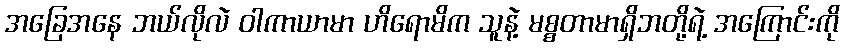
အခြေအနေ ဘယ်လိုလဲ ဝါကာယာမာ ဟိရောမိက သူနဲ့ မစ္စတာမာရှိဘတို့ရဲ့ အကြောင်းကို